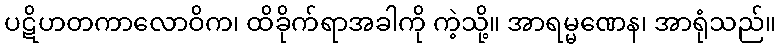
ပဋိဟတကာလောဝိက၊ ထိခိုက်ရာအခါကို ကဲ့သို့။ အာရမ္မဏေန၊ အာရုံသည်။